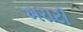
અરાટી